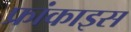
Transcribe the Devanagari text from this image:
फ्रांकाइस